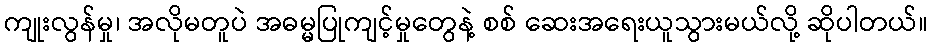
ကျုးလွန်မှု၊ အလိုမတူပဲ အဓမ္မပြုကျင့်မှုတွေနဲ့ စစ် ဆေးအရေးယူသွားမယ်လို့ ဆိုပါတယ်။